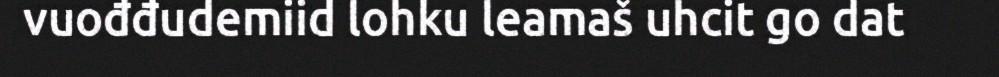
vuođđudemiid lohku leamaš uhcit go dat